Source: Handwritten
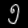
Digit: ၅ (5)